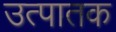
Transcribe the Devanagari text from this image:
उत्पातक